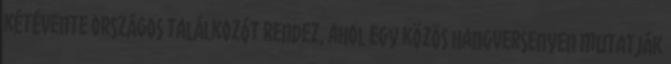
kétévente országos találkozót rendez, ahol egy közös hangversenyen mutatják